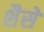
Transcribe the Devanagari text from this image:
शैसे